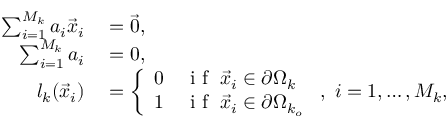
\begin{array} { r l } { \sum _ { i = 1 } ^ { M _ { k } } a _ { i } \vec { x } _ { i } } & { { } = \vec { 0 } , } \\ { \sum _ { i = 1 } ^ { M _ { k } } a _ { i } } & { { } = 0 , } \\ { l _ { k } ( \vec { x } _ { i } ) } & { { } = \left\{ \begin{array} { l l } { 0 } & { \mathrm { ~ i ~ f ~ } \; \vec { x } _ { i } \in \partial \Omega _ { k } } \\ { 1 } & { \mathrm { ~ i ~ f ~ } \; \vec { x } _ { i } \in \partial \Omega _ { k _ { o } } } \end{array} \right. , \, \, i = 1 , \dots , M _ { k } , } \end{array}